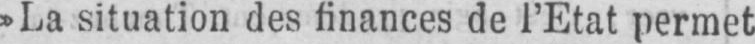
»La situation des finances de l’Etat permet